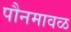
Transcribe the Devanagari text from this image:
पौनमावळ